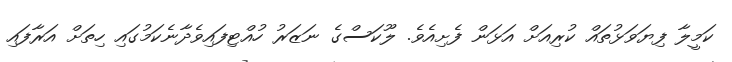
ކަމީލާ ފިޔަވަޅުތައް ކުރިއަށް އަޅަން ފެށިއެވެ. ލޫކަސްގެ ނަޒަރު ހުއްޓިފައިވެދާނެކަމުގައި ހިތަށް އަރާފައި